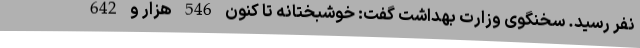
نفر رسید. سخنگوی وزارت بهداشت گفت: خوشبختانه تا کنون 546 هزار و 642